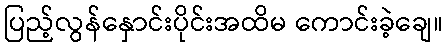
ပြည့်လွန်နှောင်းပိုင်းအထိမ ကောင်းခဲ့ချေ။